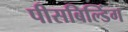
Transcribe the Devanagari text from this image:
पीसबिल्डिंग